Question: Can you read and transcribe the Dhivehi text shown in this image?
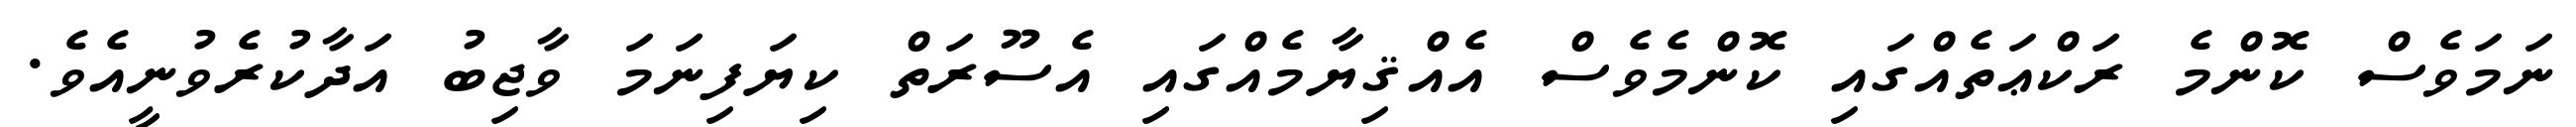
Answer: ނަމަވެސް ކޮންމެ ރަކްޢަތެއްގައި ކޮންމެވެސް އެއްޤިޔާމެއްގައި އެސޫރަތް ކިޔަފިނަމަ ވާޖިބު އަދާކުރެވުނީއެވެ.